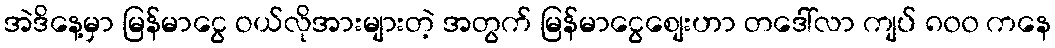
အဲဒိနေ့မှာ မြန်မာငွေ ဝယ်လိုအားများတဲ့ အတွက် မြန်မာငွေစျေးဟာ တဒေါ်လာ ကျပ် ၈၀၀ ကနေ